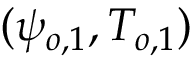
( \psi _ { o , 1 } , T _ { o , 1 } )